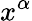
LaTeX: x^{\alpha}